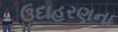
ઉદાહરણના